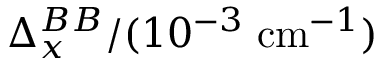
\Delta _ { x } ^ { B B } / ( 1 0 ^ { - 3 } \; \mathrm { c m } ^ { - 1 } )